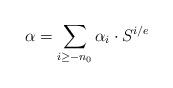
LaTeX: \begin{align*} \alpha=\sum_{i \geq -n_0} \alpha_i \cdot S^{i/e}\end{align*}